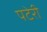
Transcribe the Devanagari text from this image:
पटेरी